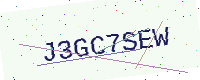
Text: J3GC7SEW